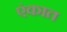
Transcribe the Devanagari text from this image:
एंकात